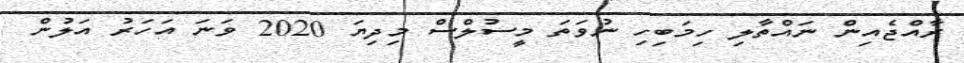
ރާއްޖެއިން ނައްތާލި ހިމަބިހި ނުވަތަ މީސުލްސް މިދިޔަ 2020 ވަނަ އަހަރު އަލުން